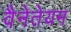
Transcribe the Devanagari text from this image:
वैनेतेयम